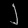
Digit: ၂